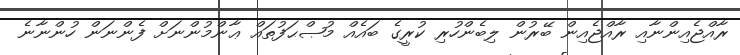
ރާއްޖެއިންނާއި ރާއްޖެއިން ބޭރުން ލިބެންހުރި ކުރީގެ ބައެއް މުޞްޙަފުތައް ޢާންމުންނަށް ފެންނަން ހުންނާނެ